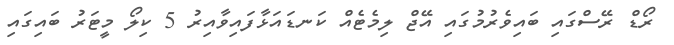
ރޯޑް ރޭސްގައި ބައިވެރުމުގައި އޭޖް ލިމެޓެއް ކަނޑައަޅާފައިވާއިރު 5 ކިލޯ މީޓަރު ބައިގައި